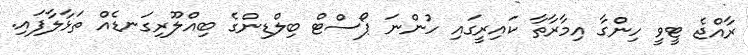
ރާއްޖެ ޓީވީ ހިންގާ އިމާރާތާ ކައިރީގައި ހުންނަ ޕޯސްޓް ބިލްޑިންގެ ބިއްލޫރިގަނޑެއް ތަޅާލާފައި.